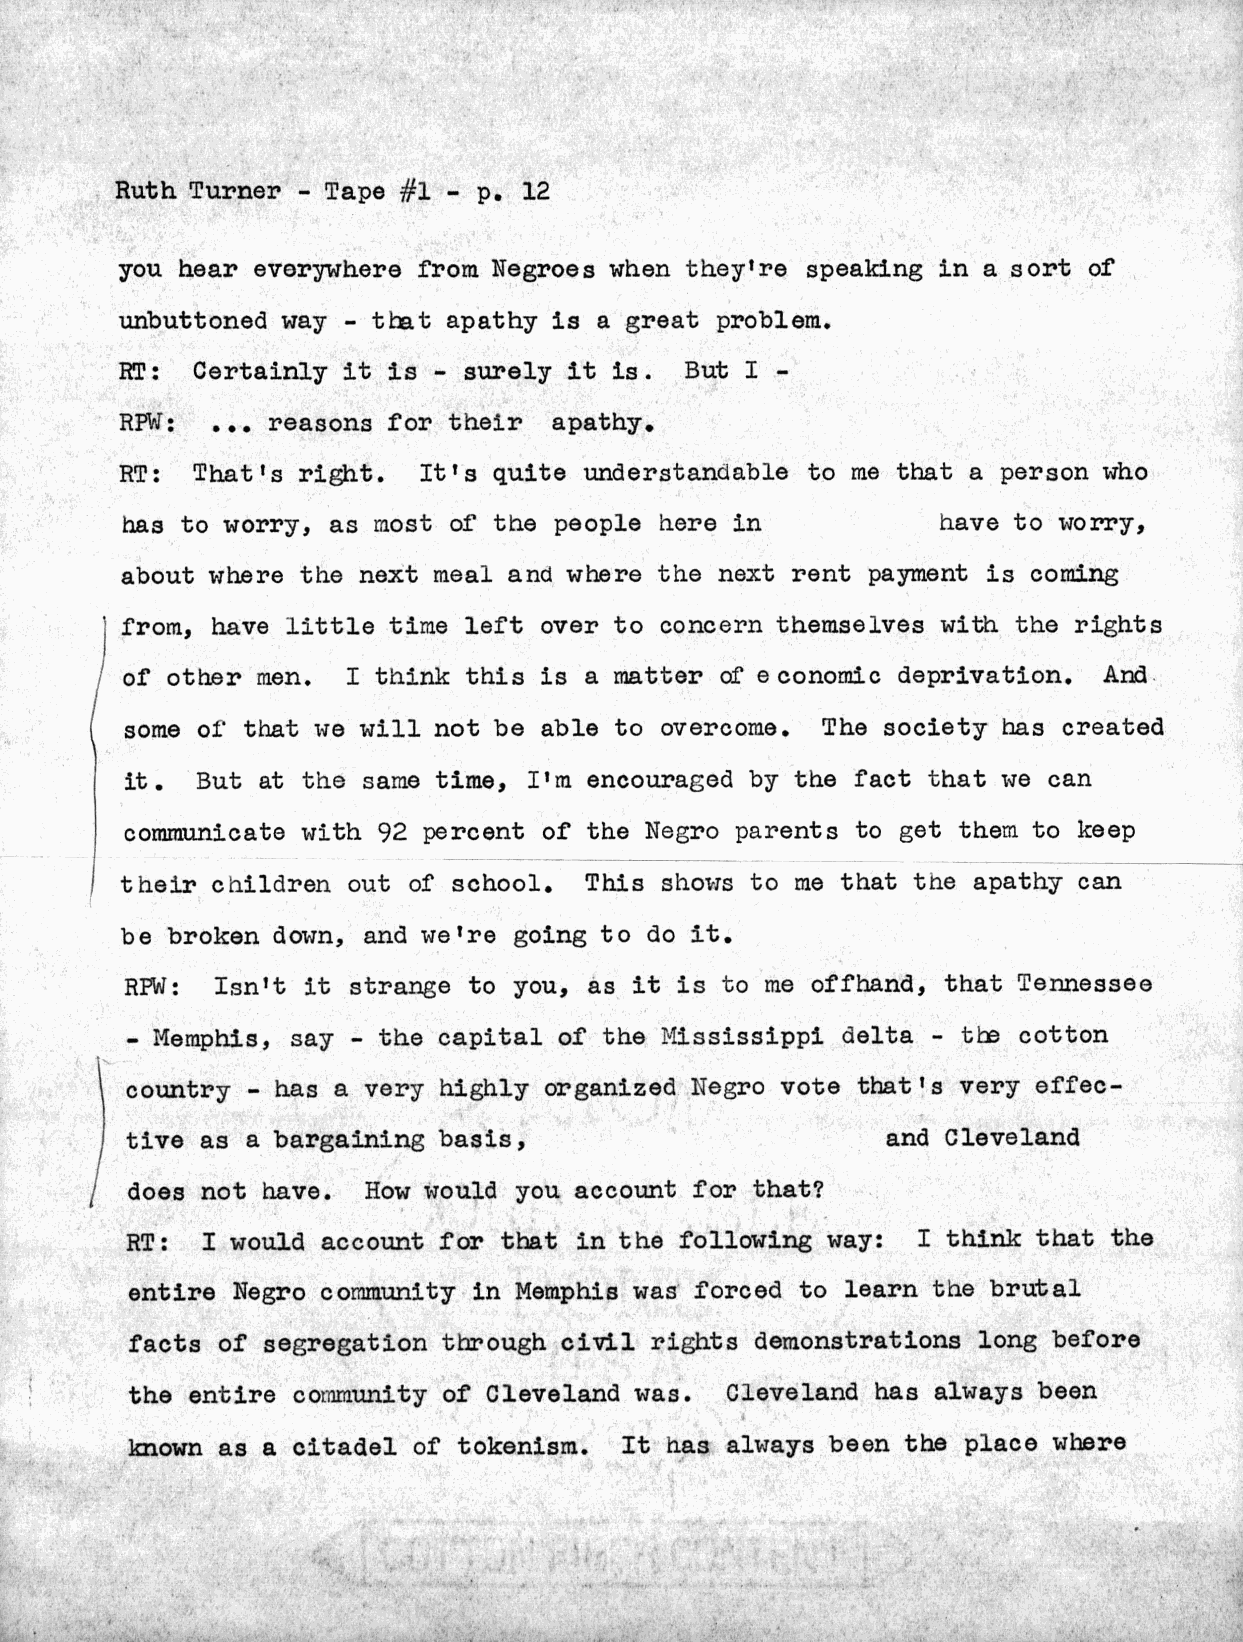
Ruth Turner - Tape #1 - p. 12
 you hear everywhere from Negroes when they're speaking in a sort of
 unbuttoned way - that apathy is a great problem.
 RT:  Certainly it is - surely it is. But I -
 RPW:  ... reasons for their  apathy.
 RT:  That's right.  It's quite understandable to me that a person who
 has to worry, as most of the people here in           have to worry,
 about where the next meal and where the next rent payment is coming
 from, have little time left over to concern themselves with the rights
 of other men.  I think this is a matter of economic deprivation. And
 some o1 that we will not be able to overcome. The society has created
 it.  But at the same time, I'm encouraged by the fact that we can
 communicate with 92 percent of the Negro parents to get them to keep
 their children out of school.  This shows to me that the apathy can
 be broken down, and we're going to do it.
 RPW:  Isn't it strange to you, as it is to me offhand, that Tennessee
 - Memphis, say - the capital of the Mississippi delta - the cotton
 country - has a very highly organized Negro vote that's very effec-
 tive as a bargaining basis,                        and Cleveland
 does not have.  How would you account for that?
 RT:  I would account for that in the following way:  I think that the
 entire Negro community in Memphis was forced to learn the brutal
 facts of segregation through civil rights demonstrations long before
 the entire community of Cleveland was. Cleveland has always been
 known as a citadel of tokenism. It has always been the place where